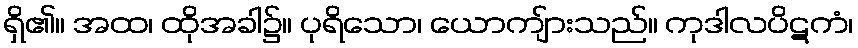
ရှိ၏။ အထ၊ ထိုအခါ၌။ ပုရိသော၊ ယောကျ်ားသည်။ ကုဒါလပိဋကံ၊